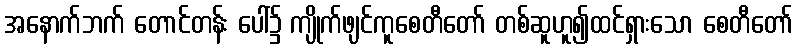
အနောက်ဘက် တောင်တန်း ပေါ်၌ ကျိုက်ဖျင်ကူစေတီတော် တစ်ဆူဟူ၍ထင်ရှားသော စေတီတော်